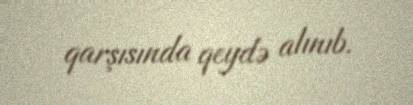
qarşısında qeydə alınıb.